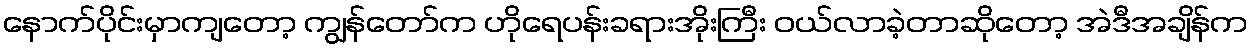
နောက်ပိုင်းမှာကျတော့ ကျွန်တော်က ဟိုရေပန်းခရားအိုးကြီး ဝယ်လာခဲ့တာဆိုတော့ အဲဒီအချိန်က